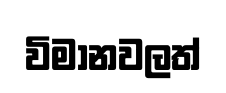
විමානවලත්